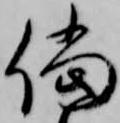
儅